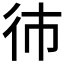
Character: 𱝭